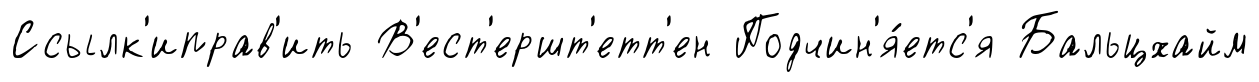
Ссылк'иправ'ить В'ест'ершт'етт'ен Подчин'я́етс'я Бальцхайм